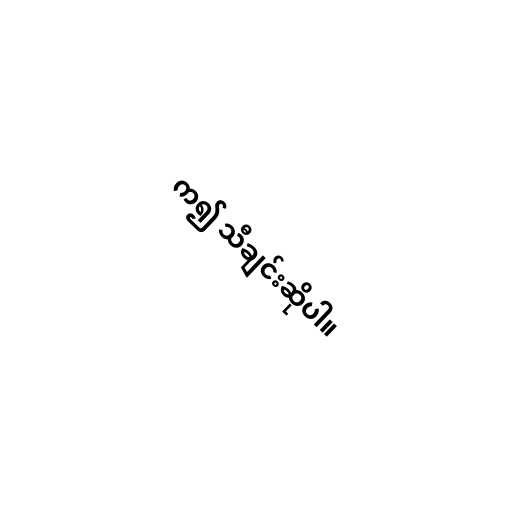
က၍ သီချင်းဆိုပါ။